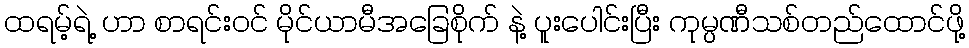
ထရမ့်ရဲ့ ဟာ စာရင်းဝင် မိုင်ယာမီအခြေစိုက် နဲ့ ပူးပေါင်းပြီး ကုမ္ပဏီသစ်တည်ထောင်ဖို့